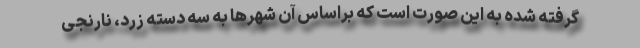
گرفته شده به این صورت است که براساس آن شهرها به سه دسته زرد، نارنجی